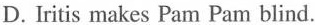
D. Iritis makes Pam Pam blind.